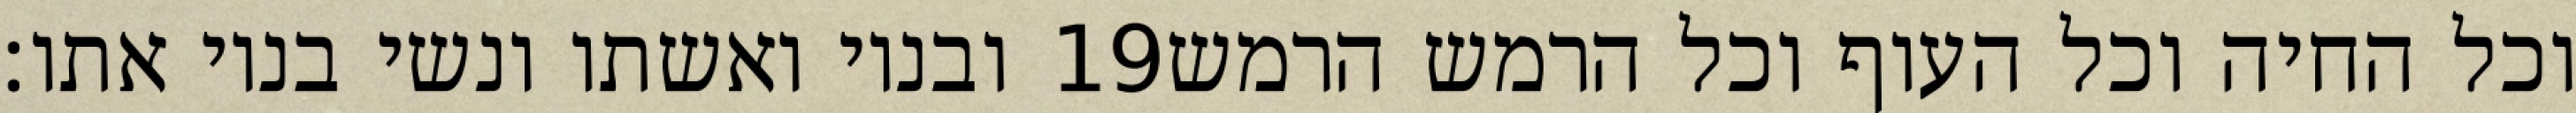
ובניו ואשתו ונשי בניו אתו׃ ‎19‏ וכל החיה וכל העוף וכל הרמש הרמש